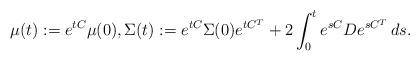
LaTeX: \begin{align*}\mu(t):=e^{tC}\mu(0),\Sigma(t):=e^{t C}\Sigma(0)e^{t C^T}+2\int_0^t e^{s C}De^{s C^T}\,ds.\end{align*}